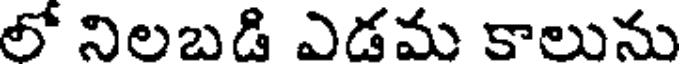
లో నిలబడి ఎడమ కాలును